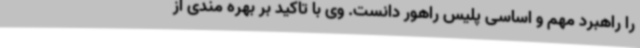
را راهبرد مهم و اساسی پلیس راهور دانست. وی با تاکید بر بهره مندی از